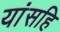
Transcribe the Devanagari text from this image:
यांसहि